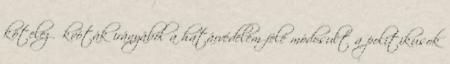
kötelező kvóták irányából a határvédelem felé módosult a politikusok